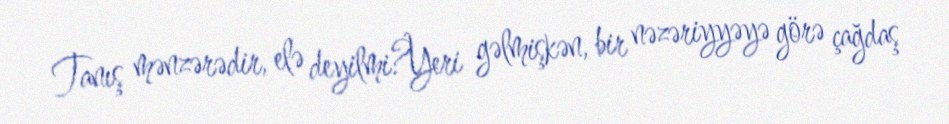
Tanış mənzərədir, elə deyilmi?Yeri gəlmişkən, bir nəzəriyyəyə görə çağdaş